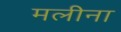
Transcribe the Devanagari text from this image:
मलीना